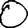
Digit: 0